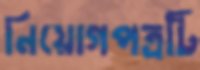
নিয়োগপত্রটি